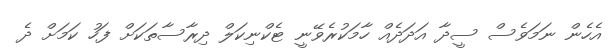
އެހެން ނަމަވެސް ސީދާ އަދަދެއް ހާމަކުރެވޭނީ ޓެކްނިކަލް ދިރާސާތަކަށް ފަހު ކަމަށް ދެ